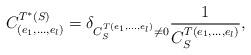
LaTeX: \begin{align*} C^{T^* (S)}_{(e_1, \ldots, e_l)} = \delta_{C^{T(e_1, \ldots, e_l)}_S \neq 0} \frac{1}{C^{T(e_1, \ldots, e_l)}_S},\end{align*}